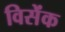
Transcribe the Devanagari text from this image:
विसेंक